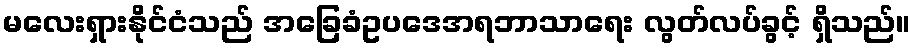
မလေးရှားနိုင်ငံသည် အခြေခံဥပဒေအရဘာသာရေး လွတ်လပ်ခွင့် ရှိသည်။